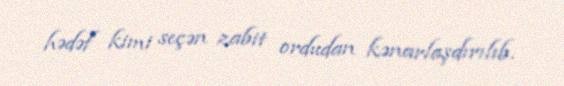
hədəf kimi seçən zabit ordudan kənarlaşdırılıb.